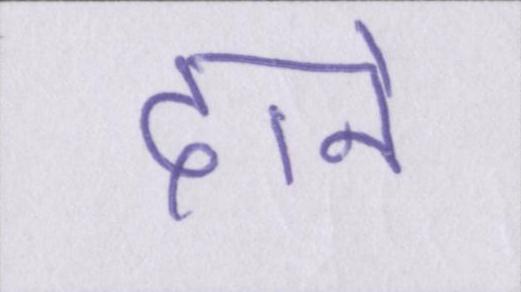
दाने